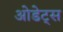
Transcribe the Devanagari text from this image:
ओडेट्स